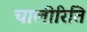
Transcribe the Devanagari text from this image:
चालीरिति